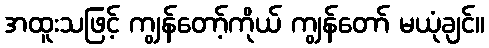
အထူးသဖြင့် ကျွန်တော့်ကိုယ် ကျွန်တော် မယုံချင်။